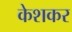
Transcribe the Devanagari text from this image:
केशकर